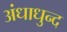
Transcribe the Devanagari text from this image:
अंधाधुन्द